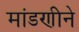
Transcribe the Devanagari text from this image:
मांडणीने